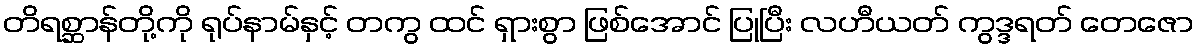
တိရစ္ဆာန်တို့ကို ရုပ်နာမ်နှင့် တကွ ထင် ရှားစွာ ဖြစ်အောင် ပြုပြီး လဟီယတ် ကွဒ္ဒရတ် တေဇော